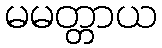
မမတ္တာယ